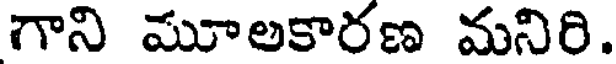
గాని మూలకారణ మనిరి.